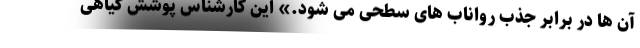
آن ها در برابر جذب رواناب های سطحی می شود.» این کارشناس پوشش گیاهی